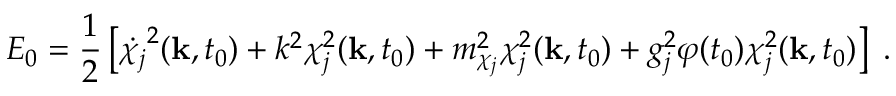
E _ { 0 } = \frac { 1 } { 2 } \left[ \dot { \chi _ { j } } ^ { 2 } ( { \bf k } , t _ { 0 } ) + k ^ { 2 } \chi _ { j } ^ { 2 } ( { \bf k } , t _ { 0 } ) + m _ { \chi _ { j } } ^ { 2 } \chi _ { j } ^ { 2 } ( { \bf k } , t _ { 0 } ) + g _ { j } ^ { 2 } \varphi ( t _ { 0 } ) \chi _ { j } ^ { 2 } ( { \bf k } , t _ { 0 } ) \right] \; .